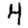
Digit: 4